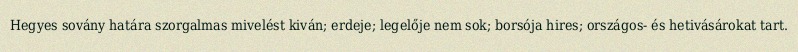
Hegyes sovány határa szorgalmas mivelést kiván; erdeje; legelője nem sok; borsója hires; országos- és hetivásárokat tart.